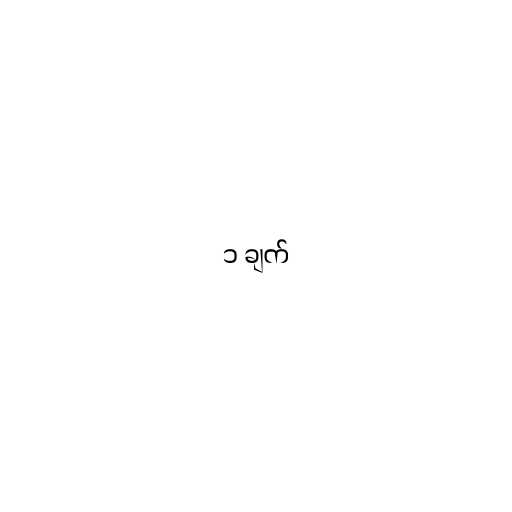
၁ ချက်